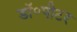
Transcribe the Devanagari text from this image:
डॉ॰पीटर